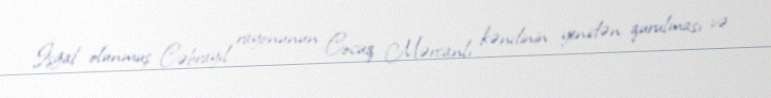
İşğal olunmuş Cəbrayıl rayonunun Cocuq Mərcanlı kəndinin yenidən qurulması və